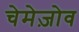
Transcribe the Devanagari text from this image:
चेमेज़ोव